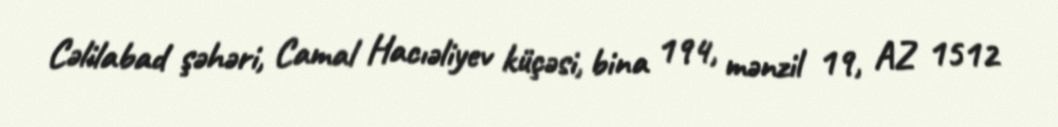
Cəlilabad şəhəri, Camal Hacıəliyev küçəsi, bina 194, mənzil 19, AZ 1512